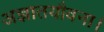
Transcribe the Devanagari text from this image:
अज्ञातयौवना।